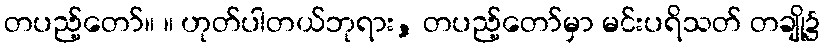
တပည့်တော်။ ။ ဟုတ်ပါတယ်ဘုရား, တပည့်တော်မှာ မင်းပရိသတ် တချို့၌